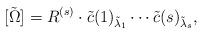
LaTeX: \begin{align*} [\tilde\Omega] = R^{(s)} \cdot \tilde{c}(1)_{\tilde{\lambda}_1}\cdots\tilde{c}(s)_{\tilde{\lambda}_s},\end{align*}